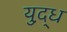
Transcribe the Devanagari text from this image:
युद़्ध